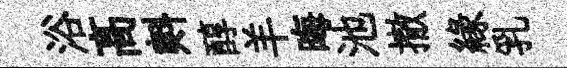
浴髙㪺醇羊晦池撤縁乳